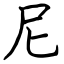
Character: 尼